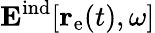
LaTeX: \mathbf{E}^{\mathrm{ind}}[\mathbf{r}_{\mathrm{e}}(t),\omega]